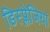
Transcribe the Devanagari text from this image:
डिस्प्लेजिया